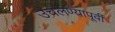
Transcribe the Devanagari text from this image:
उचलण्यापूर्वी